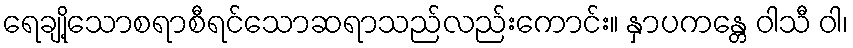
ရေချို့သောစရာစီရင်သောဆရာသည်လည်းကောင်း။ နှာပကန္တေ ဝါသီ ဝါ၊